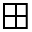
\boxplus